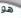
هو